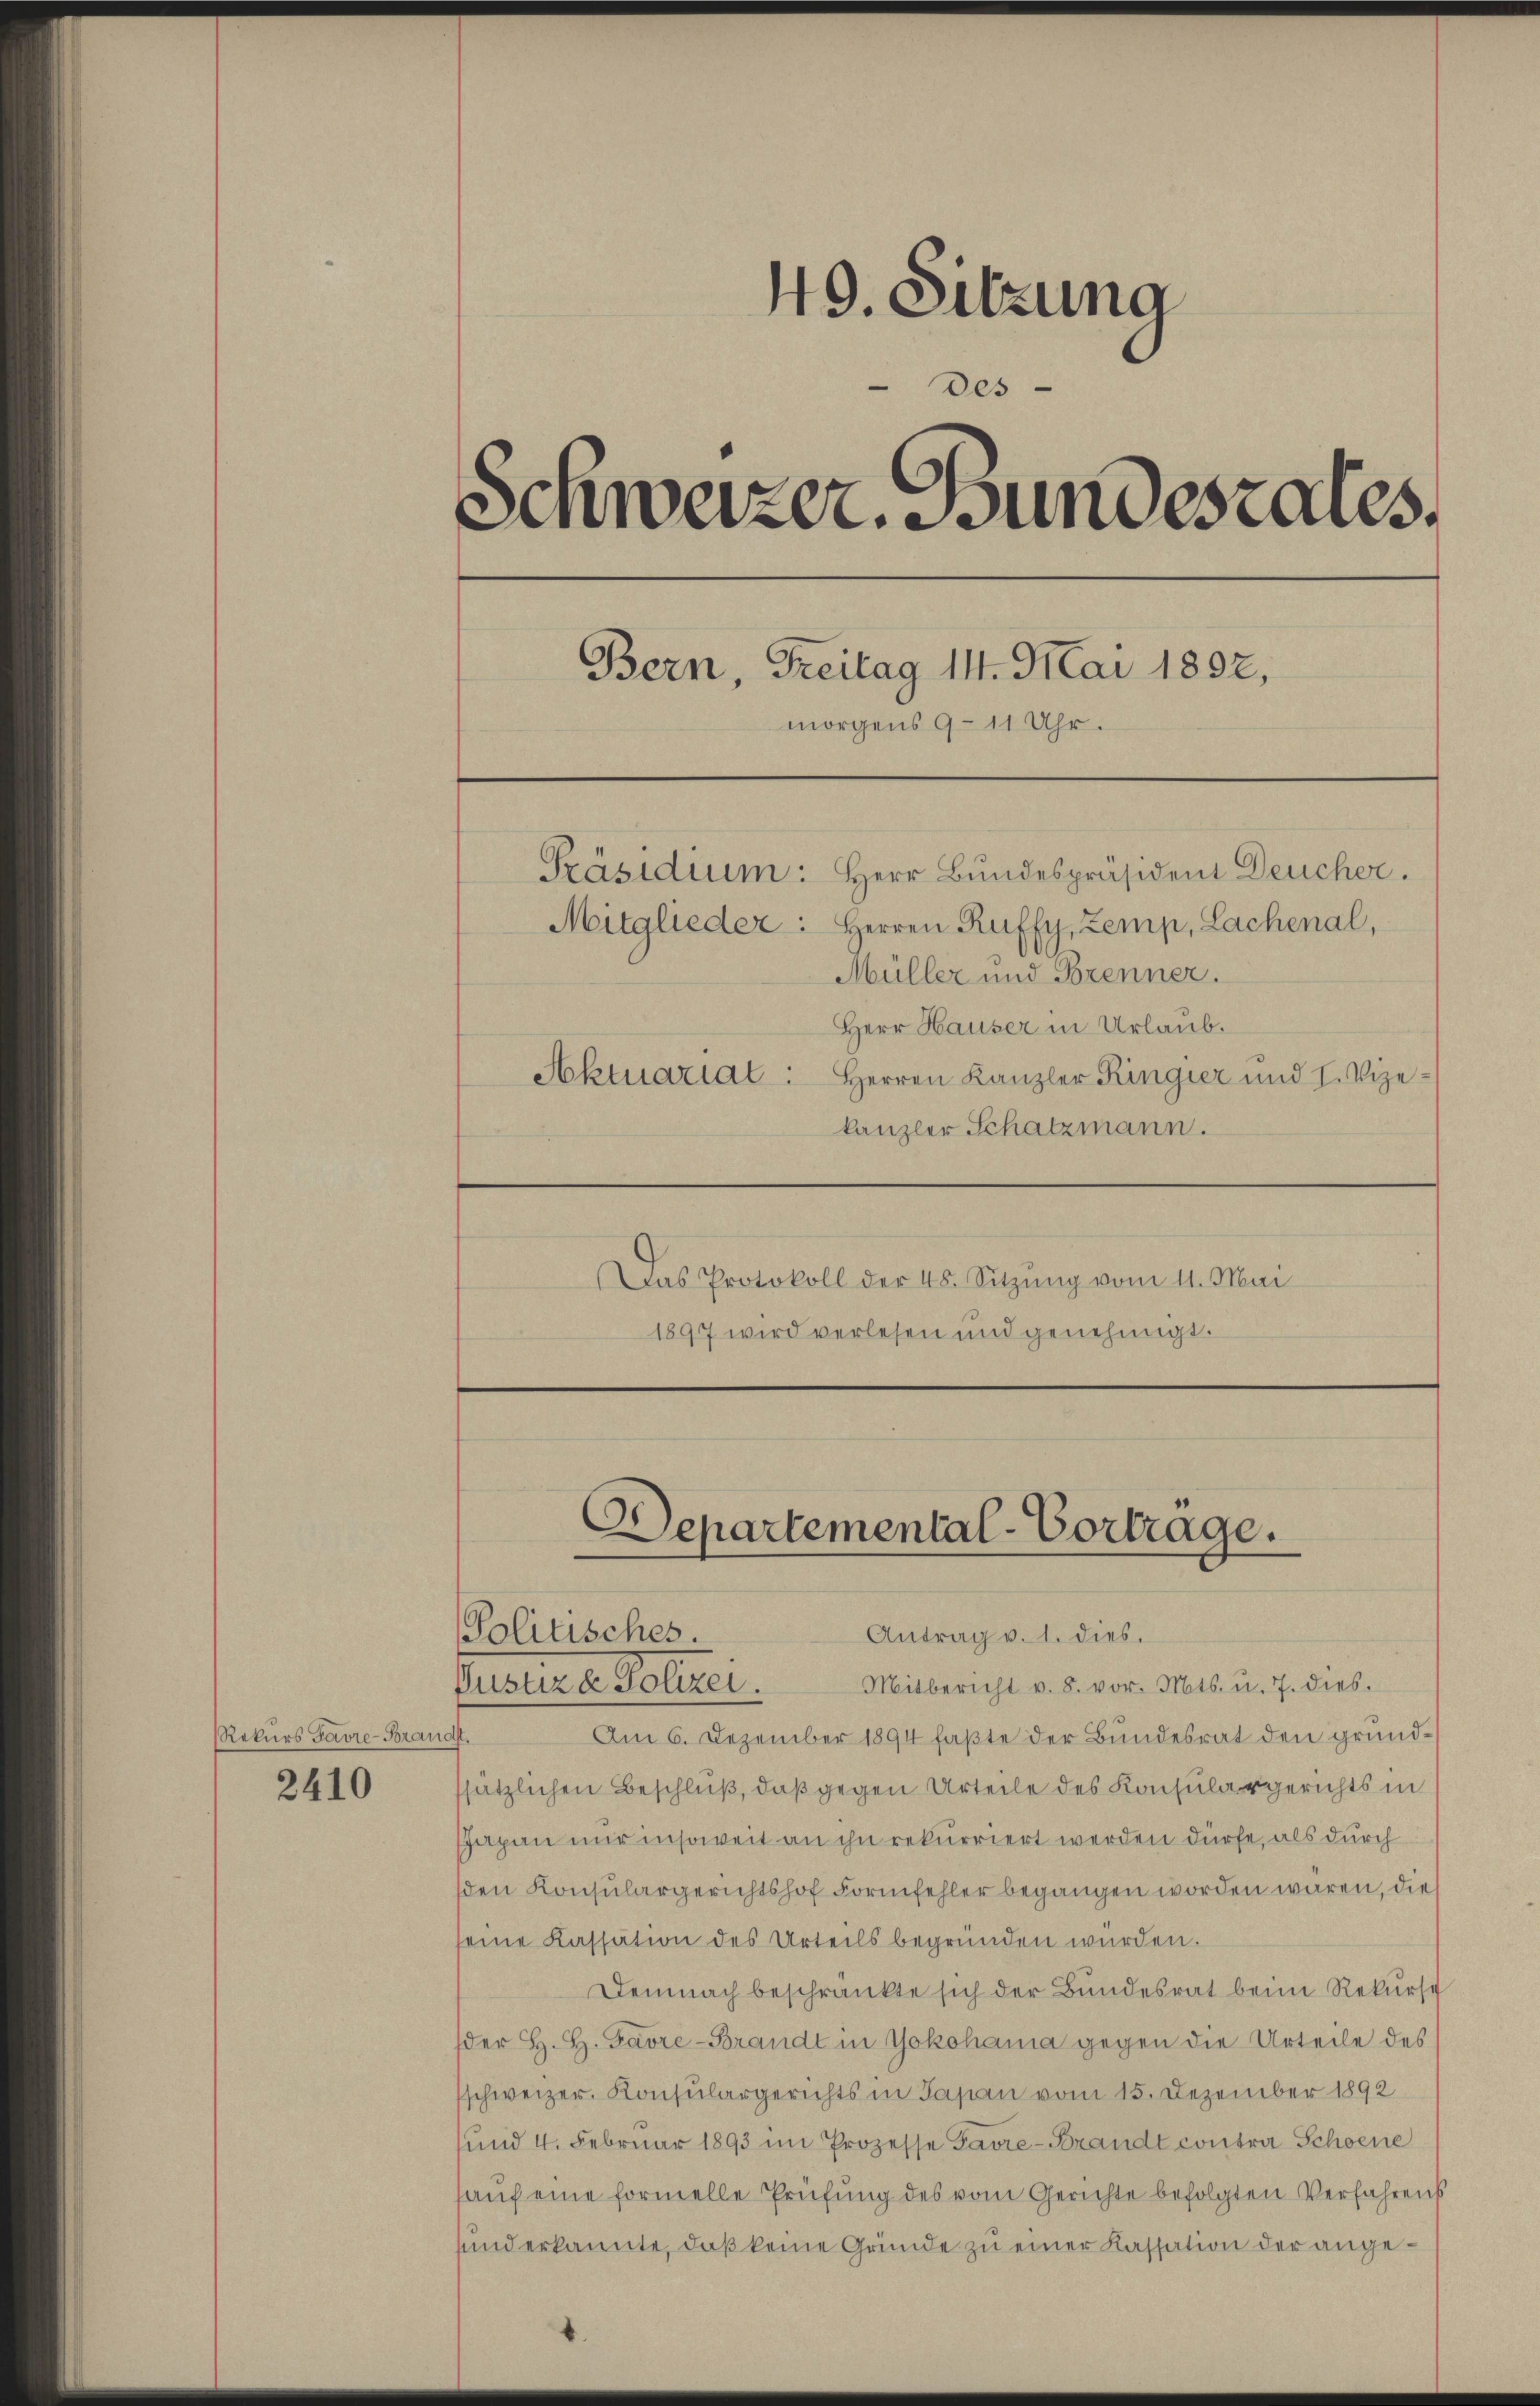
Rekurs Favre-Bran

2410

49. Sitzung
des
Schweizer. Bundesrates.
Bern, Freitag 14. Mai 1892,
morgens 9–11 Uhr.
Präsidium: Herr Bundespräsident Deucher.
Mitglieder. Herren Ruffy, Zemp, Lachenal,
Müller und Brenner.
Herr Hauser in Urlaub.
Aktuariat: Herren Kanzler Ringier und I. Vize-
kanzler Schatzmann.

Politisches
Patiere Polteri.

Departemental-Vortrage.

Das Protokoll der 48. Sitzŭng vom 11. Mai
1897 wird verlesen und genehmigt.

Antrag v. 1. dies.
Mitbericht v. 8. vor. Mts. u. 7. dies
Am 6. Dezember 1894 faßte der Bundesrat den grunddt.
sätzlichen Beschluß, daß gegen Urteile des Konsulargerichts in
Japan nur insoweit an ihn rekurriert werden dürfe, als durch
sden Konsulargerichtshof Formfehler begangen worden wären, die
seine Kassation des Urteils begründen würden.
Demnach beschränkte sich der Bundesrat beim Rekurse
der H. H. Gavre-Brandt in Yokohama gegen die Urteile des
schweizer. Konsulargerichts in Japan vom 15. Dezember 1892
und 4. Februar 1893 im Prozesse Favre-Brandt contra Schoene
hauf eine formelle Prüfung des vom Gerichte befolgten Verfahrens
sund erkannte, daß keine Gründe zu einer Kassation der ange¬